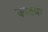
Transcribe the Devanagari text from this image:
कायथा